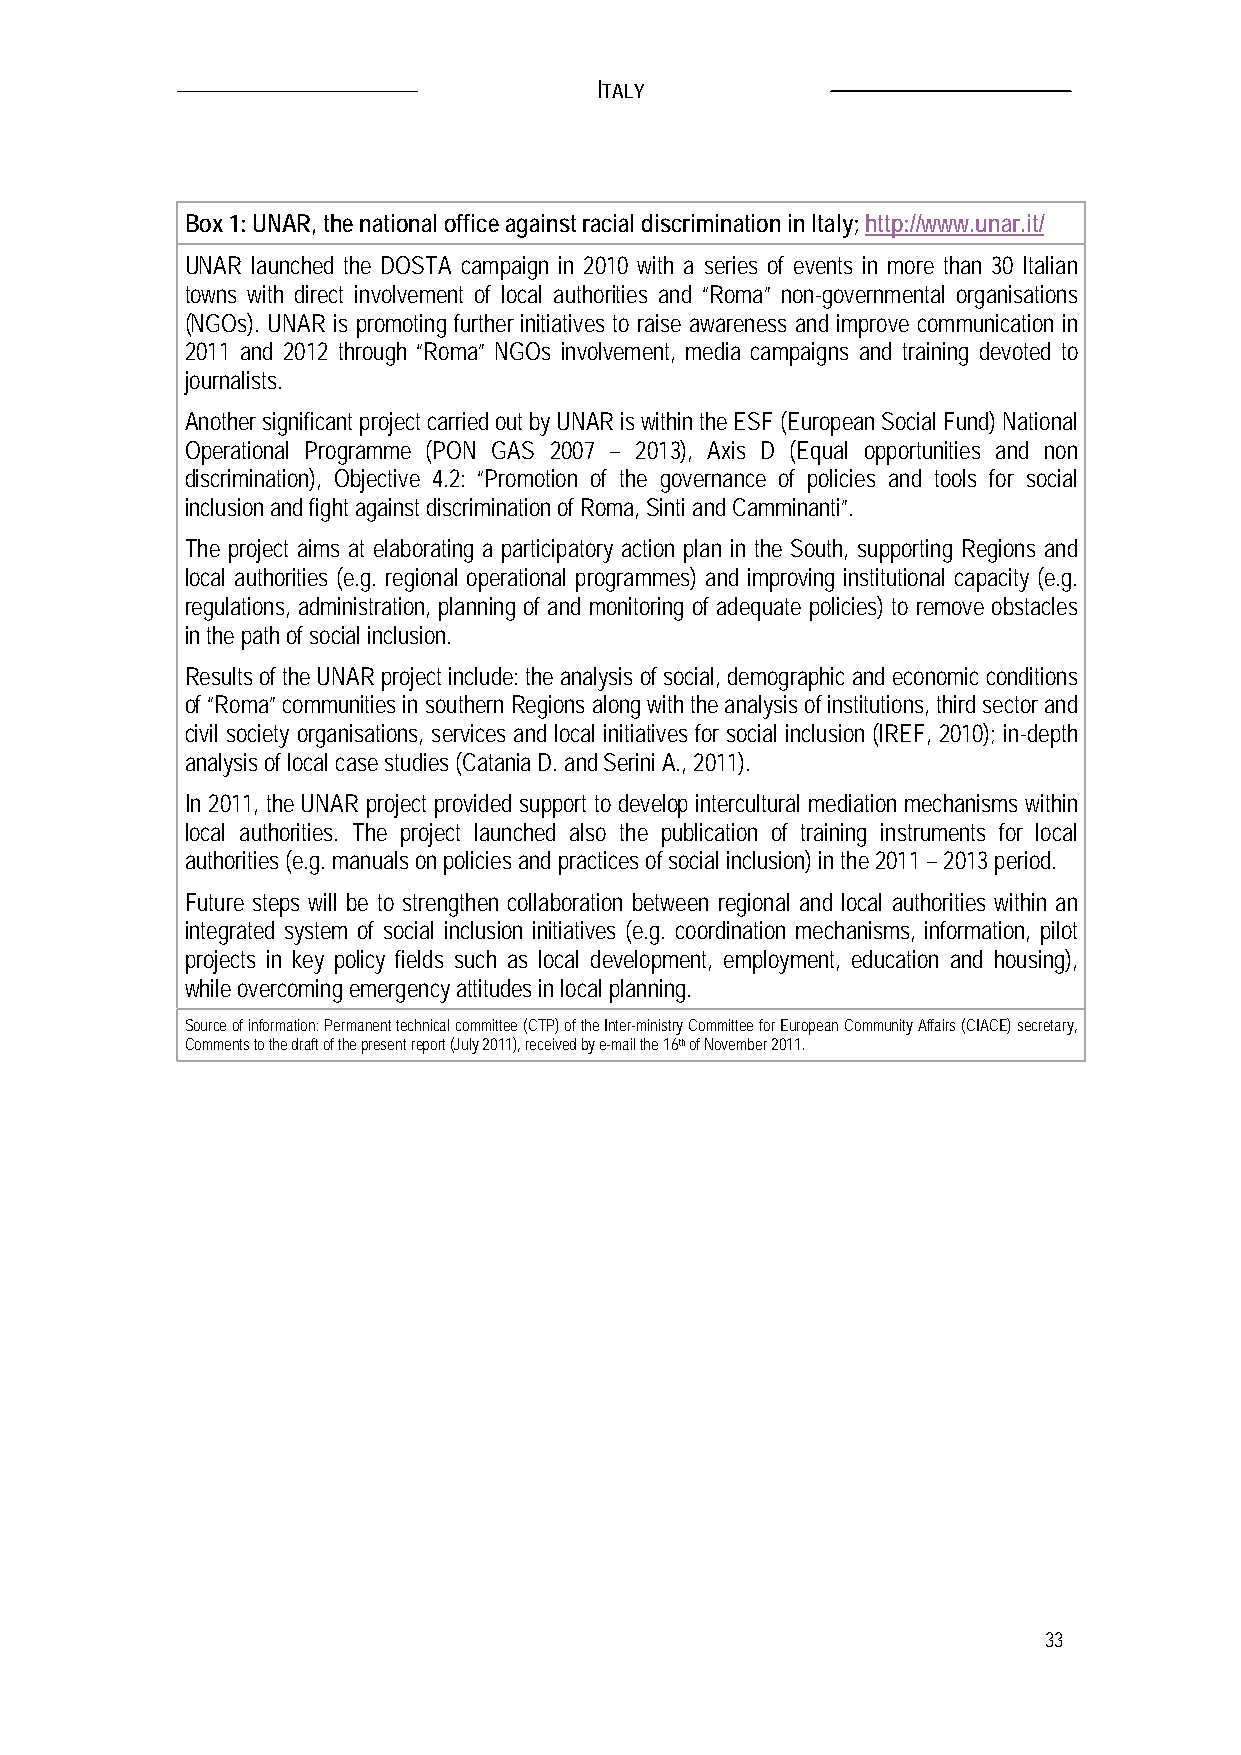
ITALY
 Box 1: UNAR, the national office against racial discrimination in Italy; http://www.unar.it/
 UNAR launched the DOSTA campaign in 2010 with a series of events in more than 30 Italian
 towns with direct involvement of local authorities and “Roma” non-governmental organisations
 (NGOs). UNAR is promoting further initiatives to raise awareness and improve communication in
 2011 and 2012 through “Roma” NGOs involvement, media campaigns and training devoted to
 journalists.
 Another significant project carried out by UNAR is within the ESF (European Social Fund) National
 Operational Programme (PON GAS 2007 – 2013), Axis D (Equal opportunities and non
 discrimination), Objective 4.2: “Promotion of the governance of policies and tools for social
 inclusion and fight against discrimination of Roma, Sinti and Camminanti”.
 The project aims at elaborating a participatory action plan in the South, supporting Regions and
 local authorities (e.g. regional operational programmes) and improving institutional capacity (e.g.
 regulations, administration, planning of and monitoring of adequate policies) to remove obstacles
 in the path of social inclusion.
 Results of the UNAR project include: the analysis of social, demographic and economic conditions
 of “Roma” communities in southern Regions along with the analysis of institutions, third sector and
 civil society organisations, services and local initiatives for social inclusion (IREF, 2010); in-depth
 analysis of local case studies (Catania D. and Serini A., 2011).
 In 2011, the UNAR project provided support to develop intercultural mediation mechanisms within
 local authorities. The project launched also the publication of training instruments for local
 authorities (e.g. manuals on policies and practices of social inclusion) in the 2011 – 2013 period.
 Future steps will be to strengthen collaboration between regional and local authorities within an
 integrated system of social inclusion initiatives (e.g. coordination mechanisms, information, pilot
 projects in key policy fields such as local development, employment, education and housing),
 while overcoming emergency attitudes in local planning.
 Source of information: Permanent technical committee (CTP) of the Inter-ministry Committee for European Community Affairs (CIACE) secretary,
 Comments to the draft of the present report (July 2011), received by e-mail the 16th of November 2011.
 33